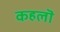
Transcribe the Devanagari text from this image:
कहलॊ